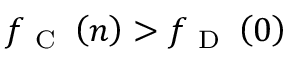
f _ { \mathrm { ~ C ~ } } \left( n \right) > f _ { \mathrm { ~ D ~ } } \left( 0 \right)